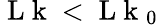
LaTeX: \mathrm{~L~k~}<\mathrm{~L~k~}_{0}